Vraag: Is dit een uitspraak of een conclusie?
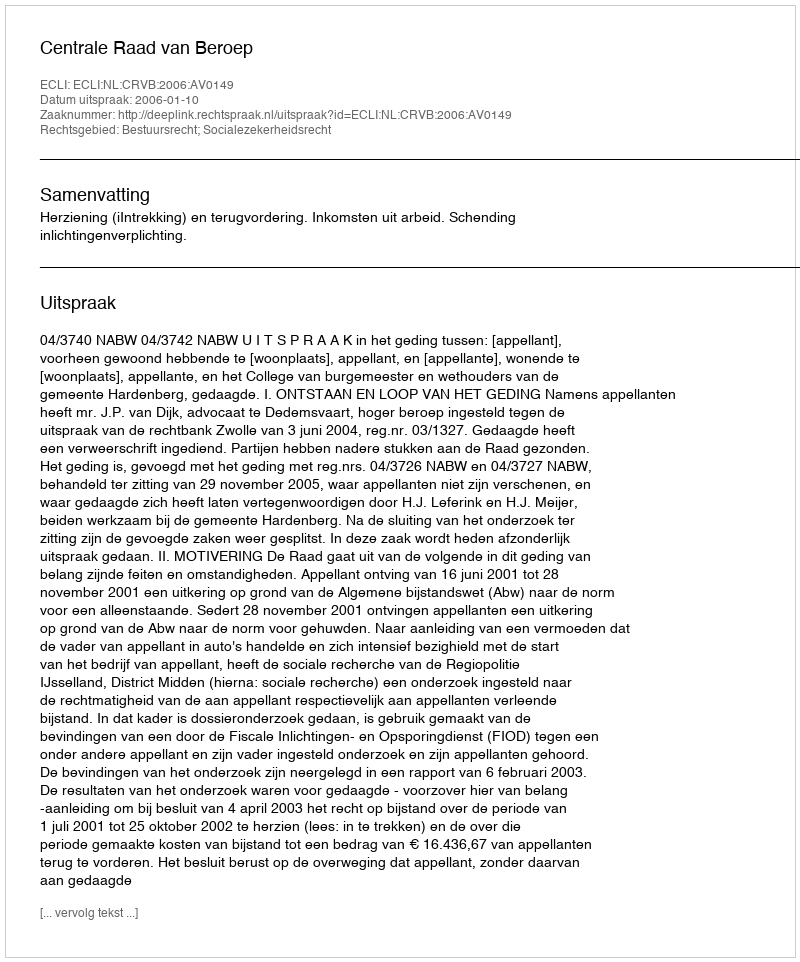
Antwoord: Uitspraak